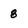
Character: 8